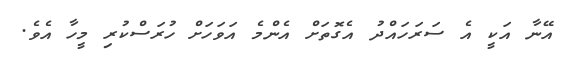
އޭނާ އަކީ އެ ސަރަހައްދު އެގޮތަށް އެންމެ އަވަހަށް ހުރަސްކުރި މީހާ އެވެ.